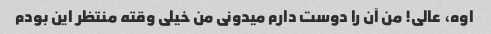
اوه، عالی! من آن را دوست دارم میدونی من خیلی وقته منتظر این بودم